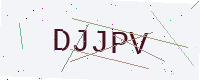
Text: DJJPV